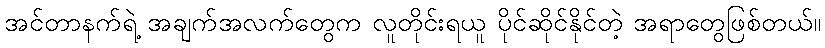
အင်တာနက်ရဲ့ အချက်အလက်တွေက လူတိုင်းရယူ ပိုင်ဆိုင်နိုင်တဲ့ အရာတွေဖြစ်တယ်။